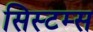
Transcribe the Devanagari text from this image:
सिस्‍टम्स